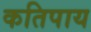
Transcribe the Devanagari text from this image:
कतिपाय